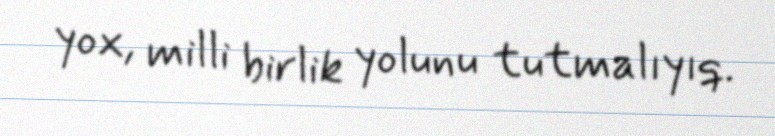
yox, milli birlik yolunu tutmalıyıq.